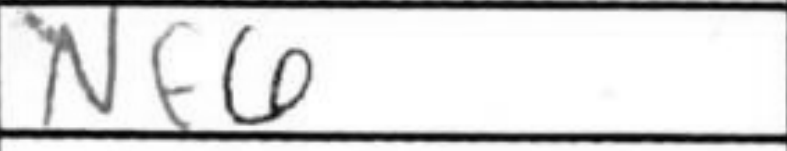
Transcription: Nf6